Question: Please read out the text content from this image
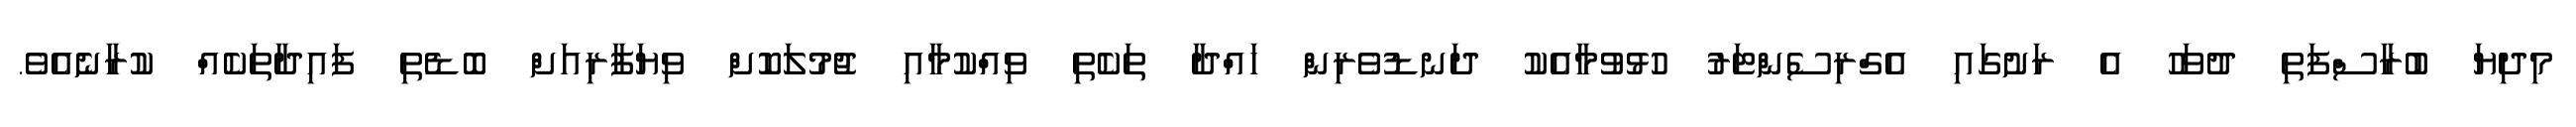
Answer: މިދިޔަ ބުރާސްފަތި ދުވަހު އެ ރަށުގައި އެގްރިސެންޓަރު ހުޅުވުމާއެކު ދަނޑުވެރިން ހައްދާ ތަކެތި ވިއްކުމާއި ޖުމުލަކޮށް ވިޔަފާރިއަށް ބޮޑެތި ފައިދާތަކެއް ކުރާނެއެވެ.